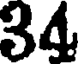
34